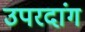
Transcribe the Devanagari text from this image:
उपरदांग